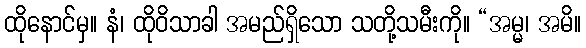
ထိုနောင်မှ။ နံ၊ ထိုဝိသာခါ အမည်ရှိသော သတို့သမီးကို။ “အမ္မ၊ အမိ။